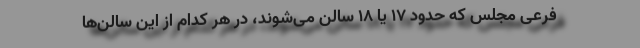
فرعی مجلس که حدود ۱۷ یا ۱۸ سالن می‌شوند، در هر کدام از این سالن‌ها